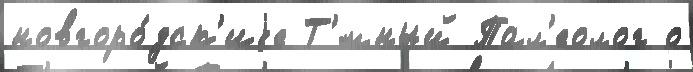
новгоро́дск'иjе Т'́мный Пал'еолог о